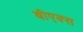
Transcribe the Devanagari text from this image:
बीएक्स